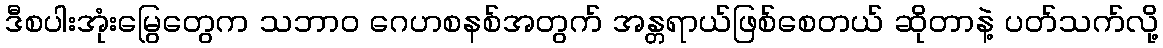
ဒီစပါးအုံးမြွေတွေက သဘာဝ ဂေဟစနစ်အတွက် အန္တရာယ်ဖြစ်စေတယ် ဆိုတာနဲ့ ပတ်သက်လို့